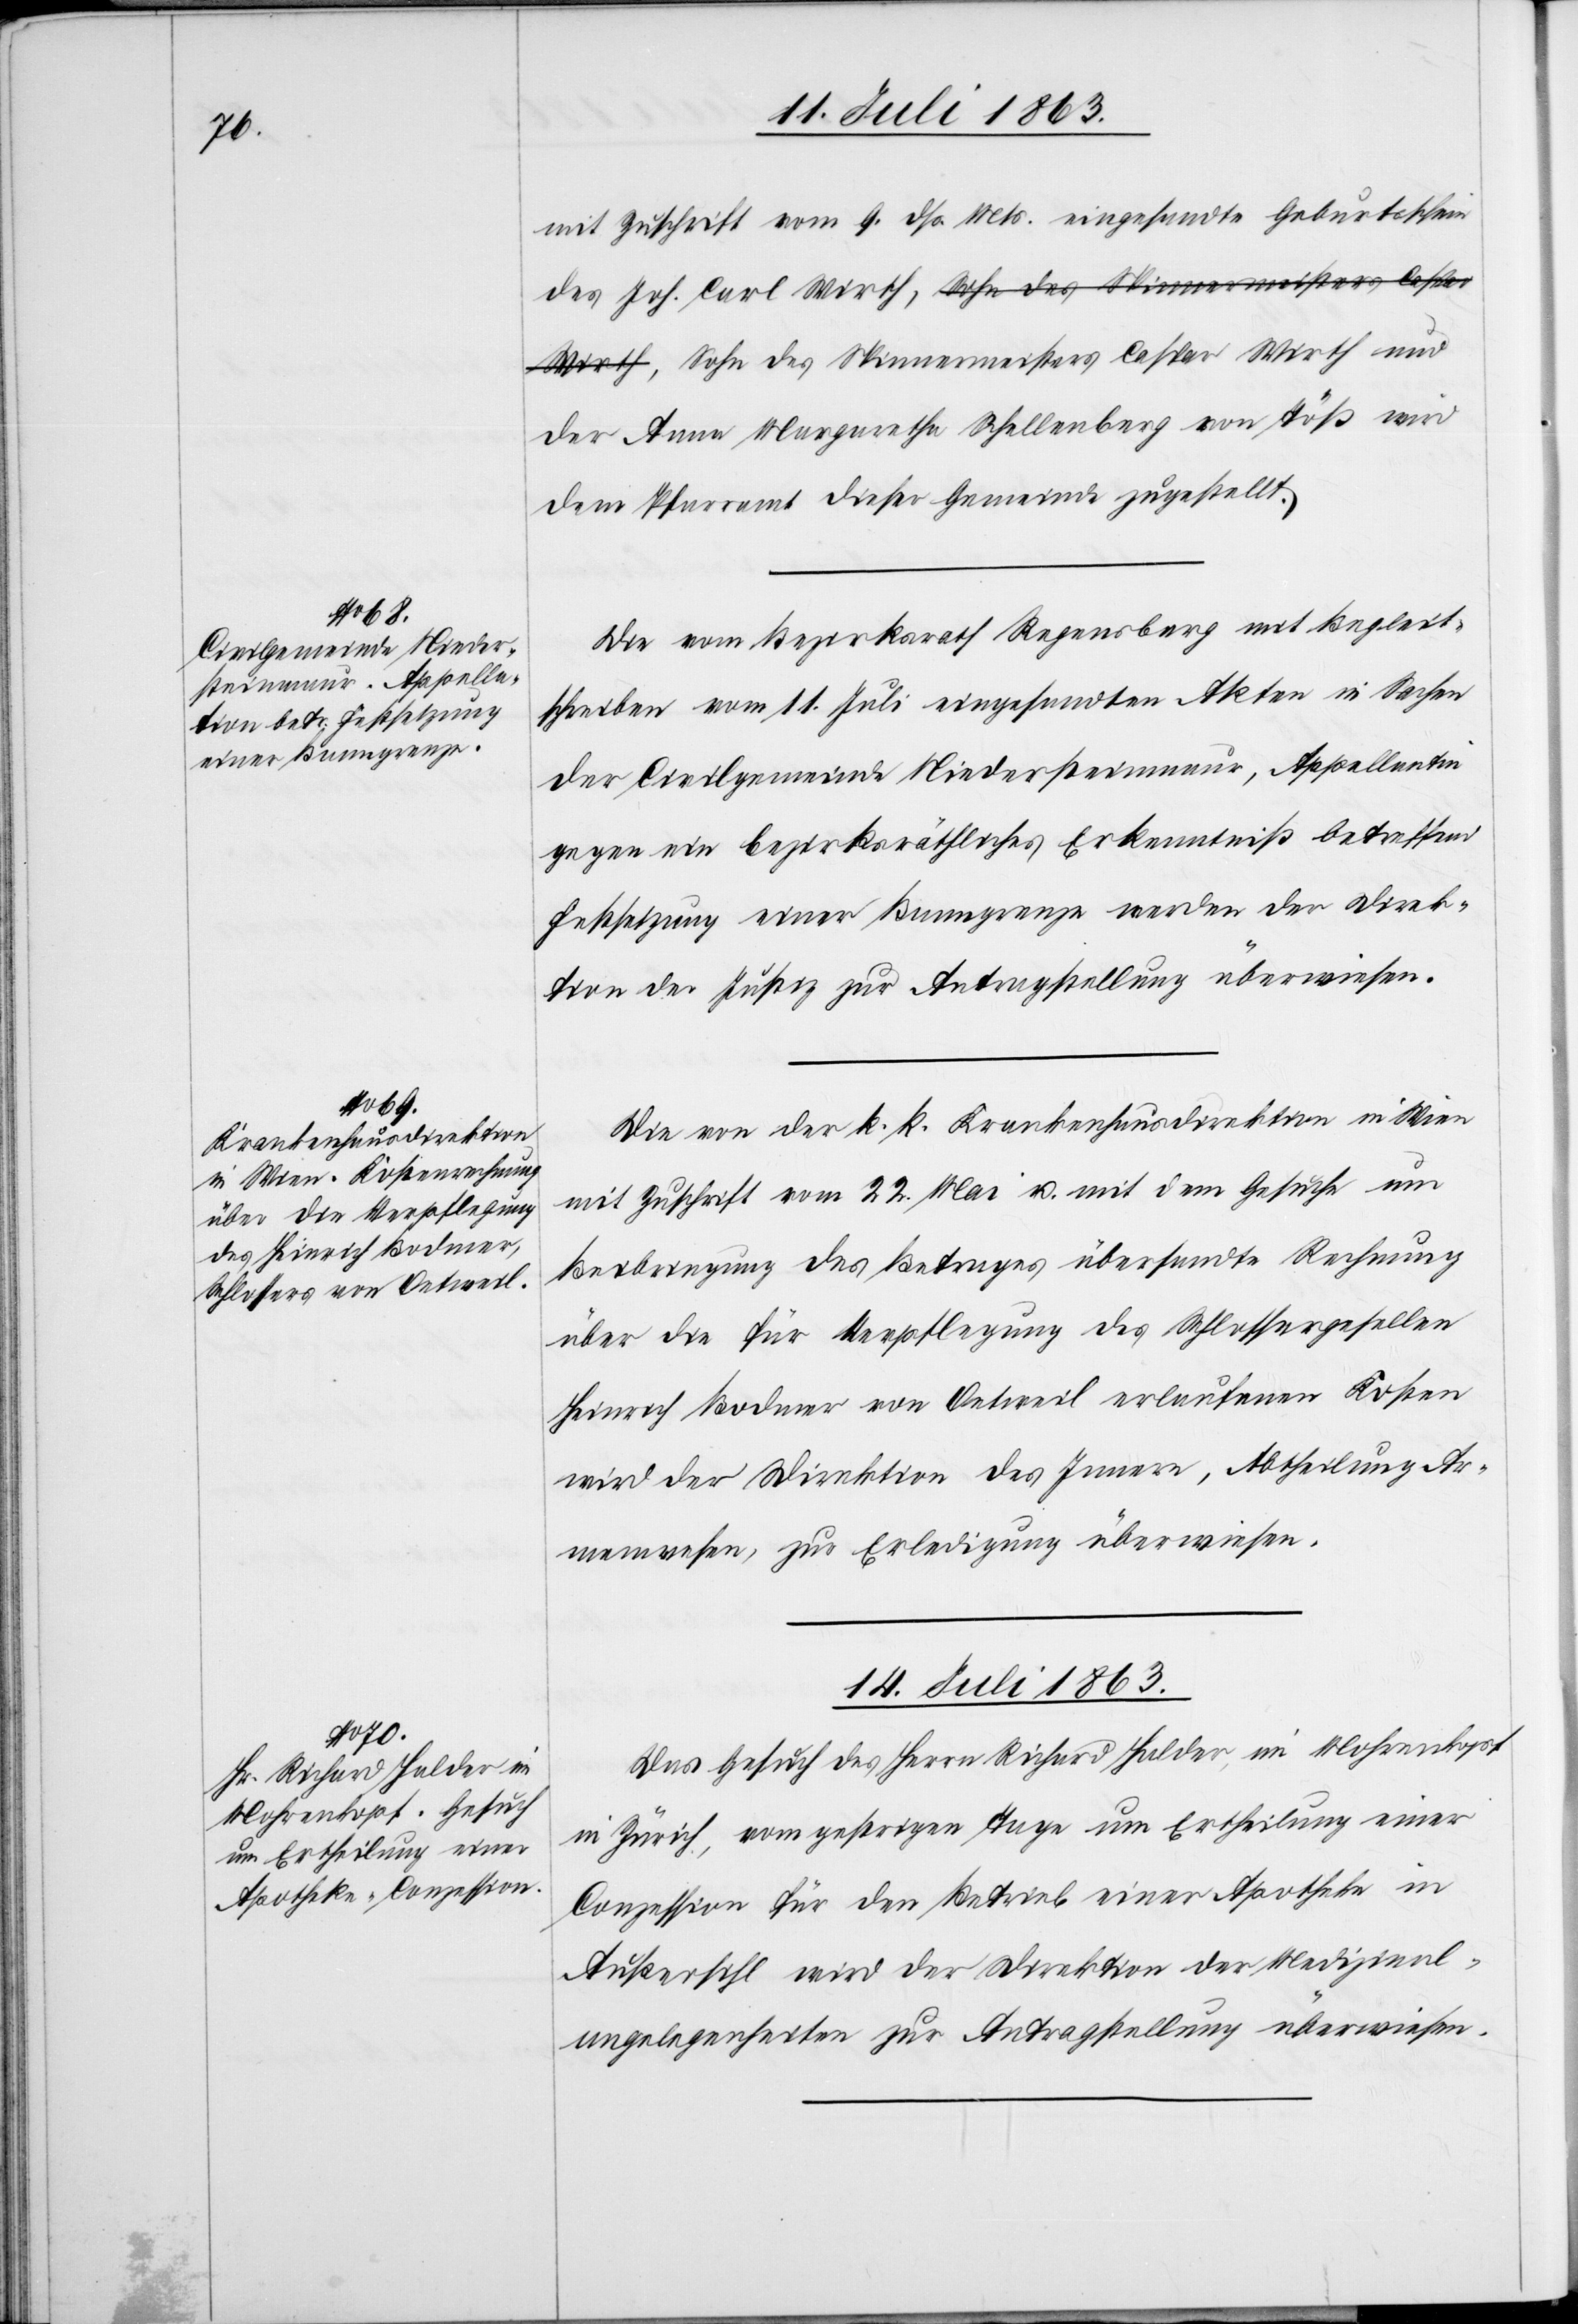
Wirth,

mit Zuschrift vom 9. dß. Mts. eingesandte Geburtsschein
des Joh. Carl Wirth, Sohn des Spinnermeisters Caspar
der Anna Margaretha Schellenberg von Töß wird
dem Pfarramt dieser Gemeinde zugestellt.
Die vom Bezirksrath Regensberg mit Begleit¬
schreiben vom 11. Juli eingesandten Akten in Sachen
der Civilgemeinde Niedersteinmaur, Appellantin
gegen ein bezirksräthliches Erkenntniß betreffend
Festsetzung einer Baumgrenze werden der Direk¬
tion der Justiz zur Antragstellung überwiesen.
Die von der k. k. Krankenhausdirektion in Wien
mit Zuschrift vom 22. Mai u. mit dem Gesuche um
Beibringung des Betrages übersandte Rechnung
über die für Verpflegung des Schlossergesellen
Heinrich Bodmer von Oetweil erlaufenen Kosten
wird der Direktion des Innern, Abtheilung Ar¬
menwesen, zur Erledigung überwiesen.
14. Juli 1863.
Das Gesuch des Herrn Richard Halder, im Mohrenkopf
in Zürich, vom gestrigen Tage um Ertheilung einer
Conzession für den Betrieb einer Apotheke in
Außersihl wird der Direktion der Medizinal¬
angelegenheiten zur Antragstellung überwiesen.